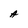
Character: A